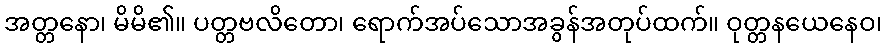
အတ္တနော၊ မိမိ၏။ ပတ္တဗလိတော၊ ရောက်အပ်သောအခွန်အတုပ်ထက်။ ဝုတ္တနယေနေဝ၊